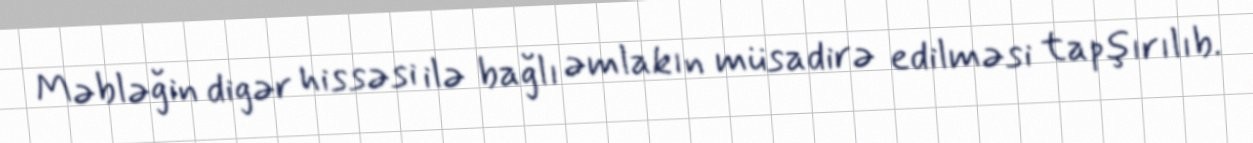
Məbləğin digər hissəsi ilə bağlı əmlakın müsadirə edilməsi tapşırılıb.